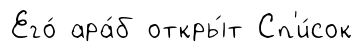
Его́ ара́б откры́т Сп'и́сок